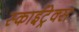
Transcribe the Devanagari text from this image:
स्काईट्रेक्स